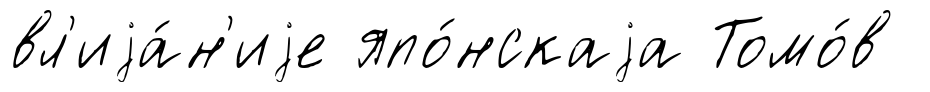
вл'иjа́н'иjе япо́нскаjа Томо́в